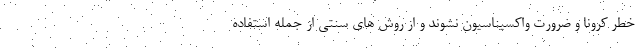
خطر کرونا و ضرورت واکسیناسیون نشوند و از روش های سنتی از جمله استفاده